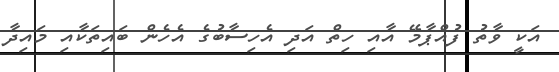
އަކީ ވާތު ފުއްޕާމޭ އާއި ހިތް އަދި އެހިސާބުގެ އެހެން ބައިތަކާއި މައިދާ